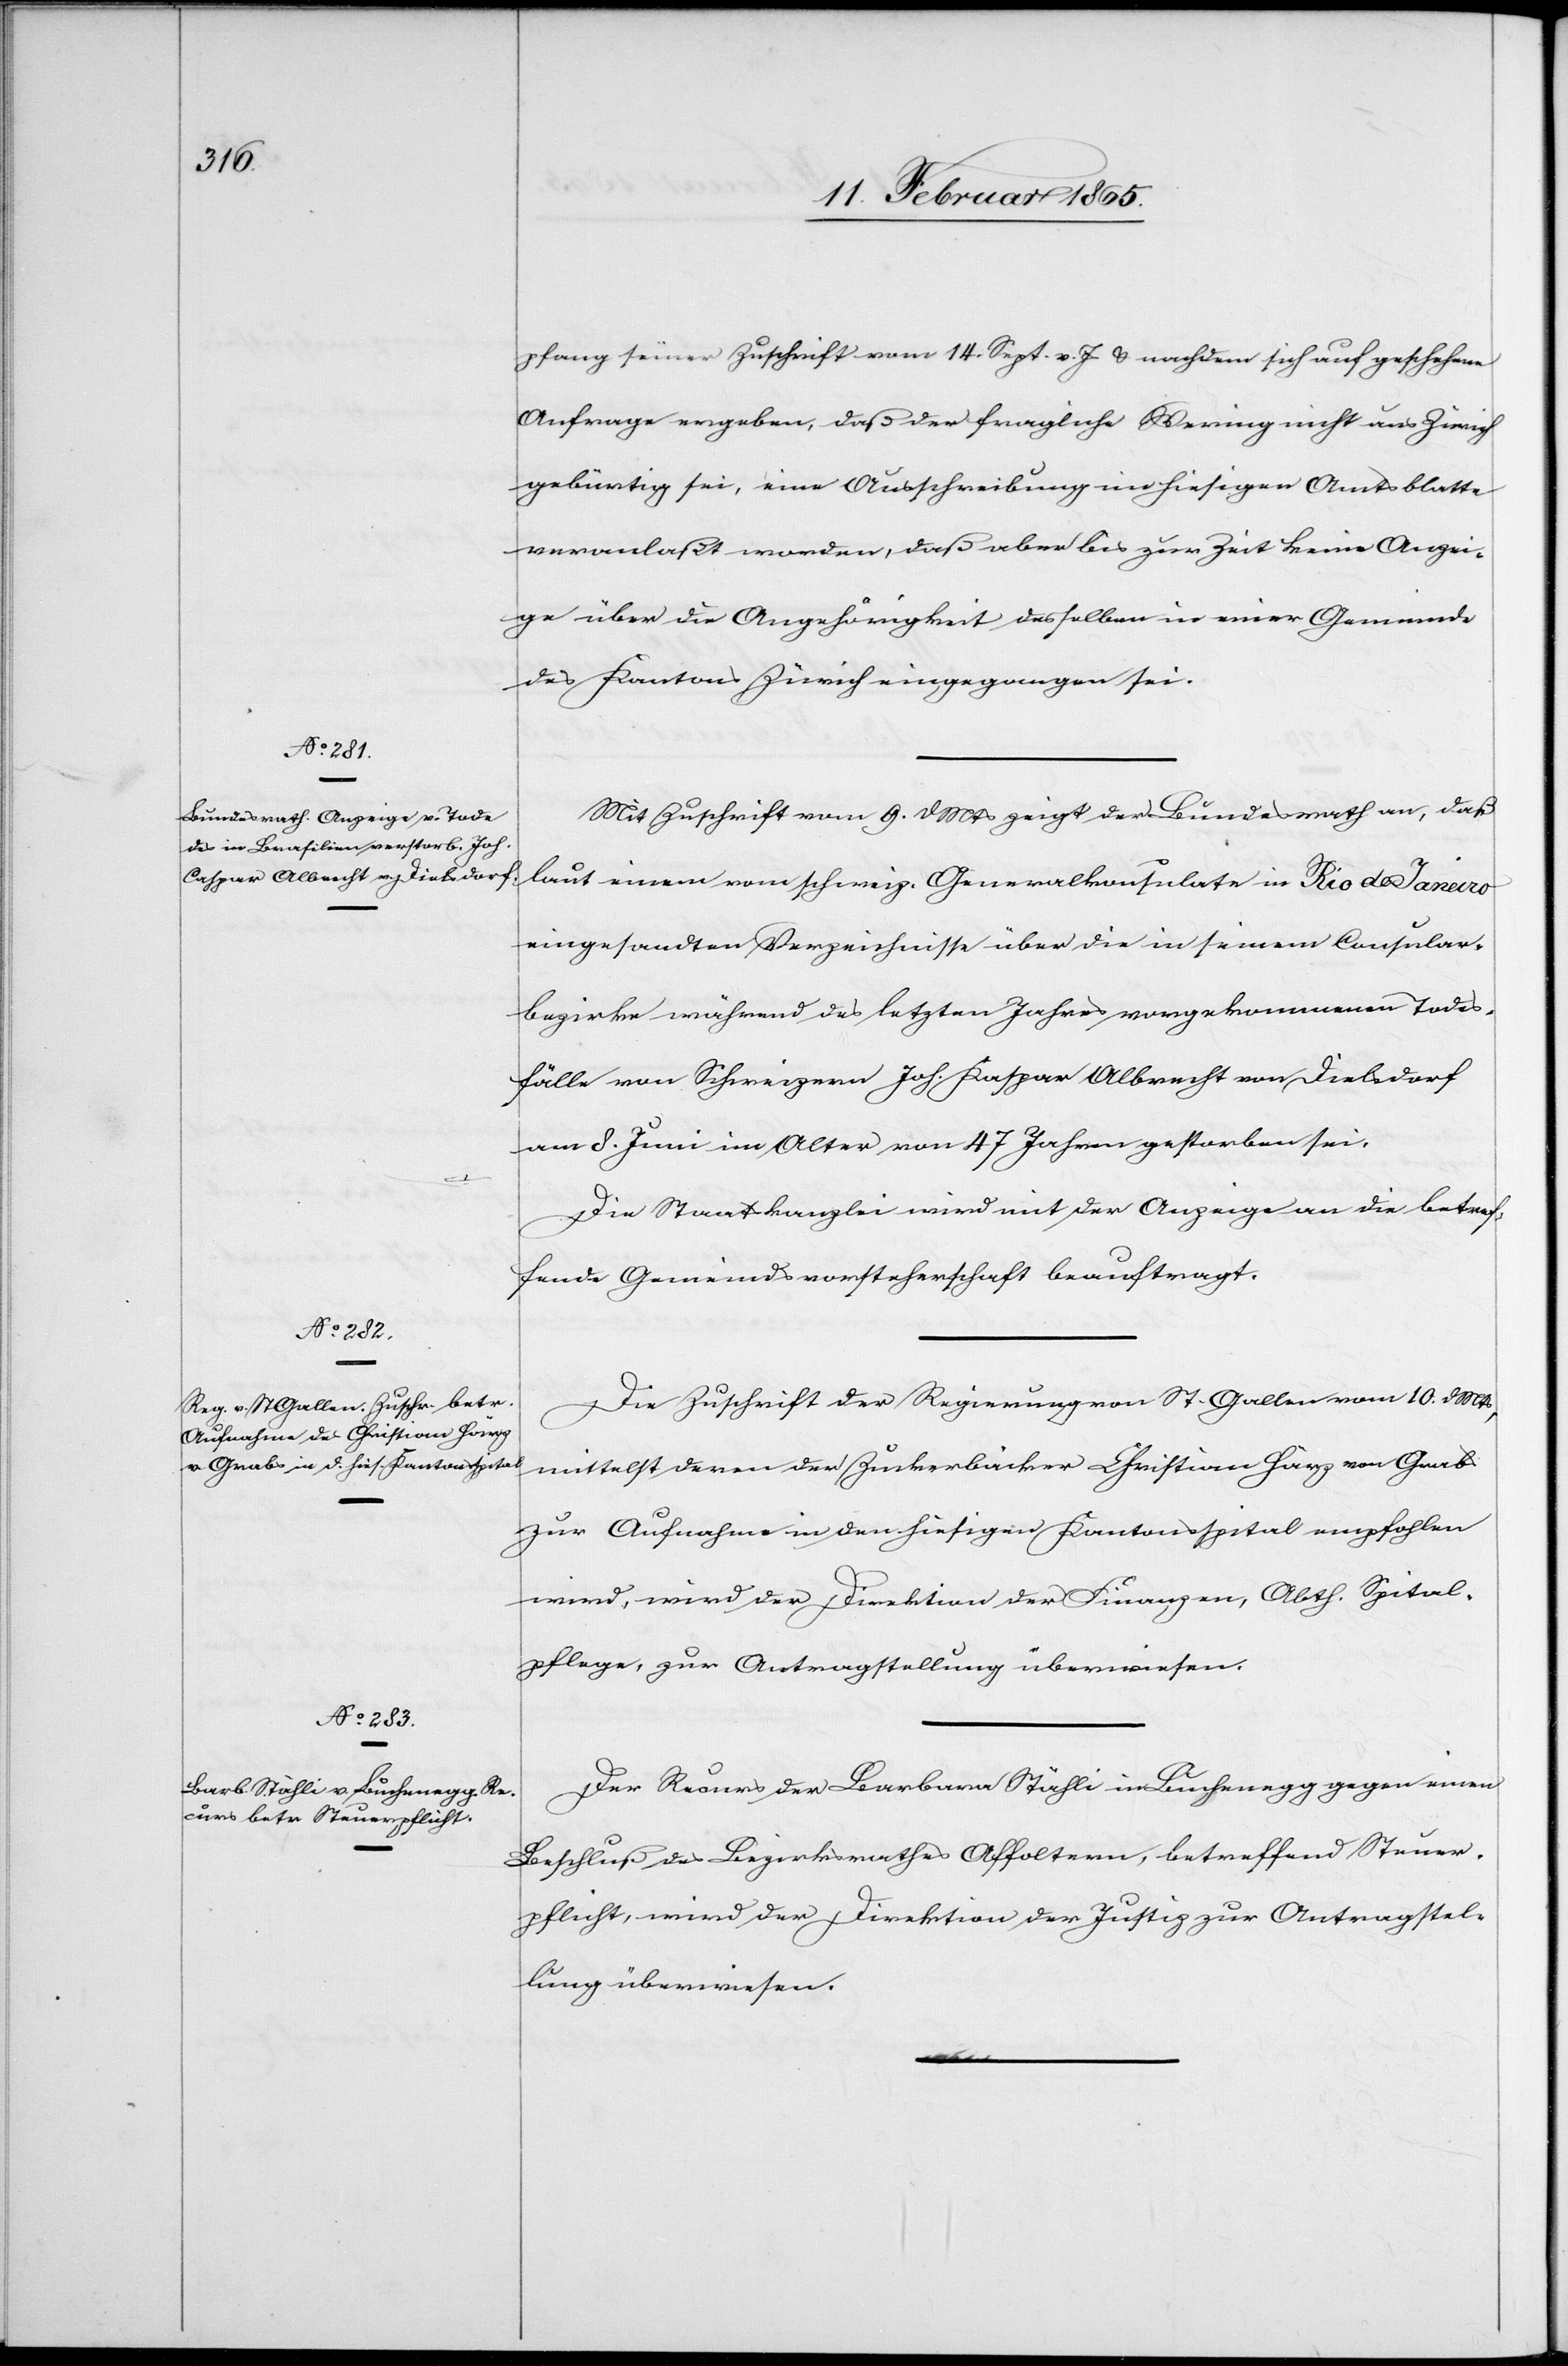
13. Februar 1865.]
pfang seiner Zuschrift vom 14. Sept. v. Js u. nachdem sich auf geschehene
Anfrage ergeben, daß der fragliche Wering nicht aus Zürich
gebürtig sei, eine Ausschreibung im hiesigen Amtsblatte
veranlaßt worden, daß aber bis zur Zeit keine Anzei¬
ge über die Angehörigkeit desselben in einer Gemeinde
des Kantons Zürich eingegangen sei.
Mit Zuschrift vom 9. d Mts zeigt der Bundesrath an, daß
laut einem vom schweiz. Generalkonsulate in Rio de Janeiro
eingesandten Verzeichnisse über die in seinem Consular¬
bezirke während des letzten Jahres vorgekommenen Todes¬
fälle von Schweizern Joh. Kaspar Albrecht von Dielsdorf
am 8. Juni im Alter von 47 Jahren gestorben sei.
Die Staatskanzlei wird mit der Anzeige an die betref¬
fende Gemeindsvorsteherschaft beauftragt.
Die Zuschrift der Regierung von St. Gallen vom 10. d Mts,
mittelst deren der Zuckerbäcker Christian Härz von Grabs
zur Aufnahme in den hiesigen Kantonsspital empfohlen
wird, wird der Direktion der Finanzen, Abth. Spital¬
pflege, zur Antragstellung überwiesen.
Der Recurs der Barbara Stähli in Buchenegg gegen einen
Beschluß des Bezirksrathes Affoltern, betreffend Steuer¬
pflicht, wird der Direktion der Justiz zur Antragstel¬
lung überwiesen.